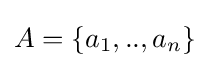
A=\{a_{1},..,a_{n}\}